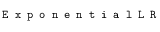
\texttt { E x p o n e n t i a l L R }